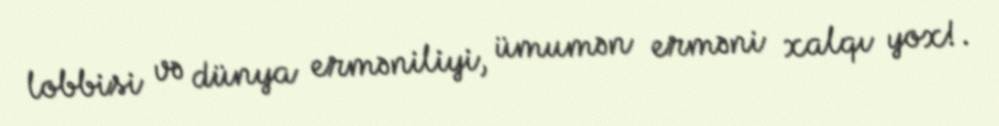
lobbisi və dünya erməniliyi, ümumən erməni xalqı yox!.